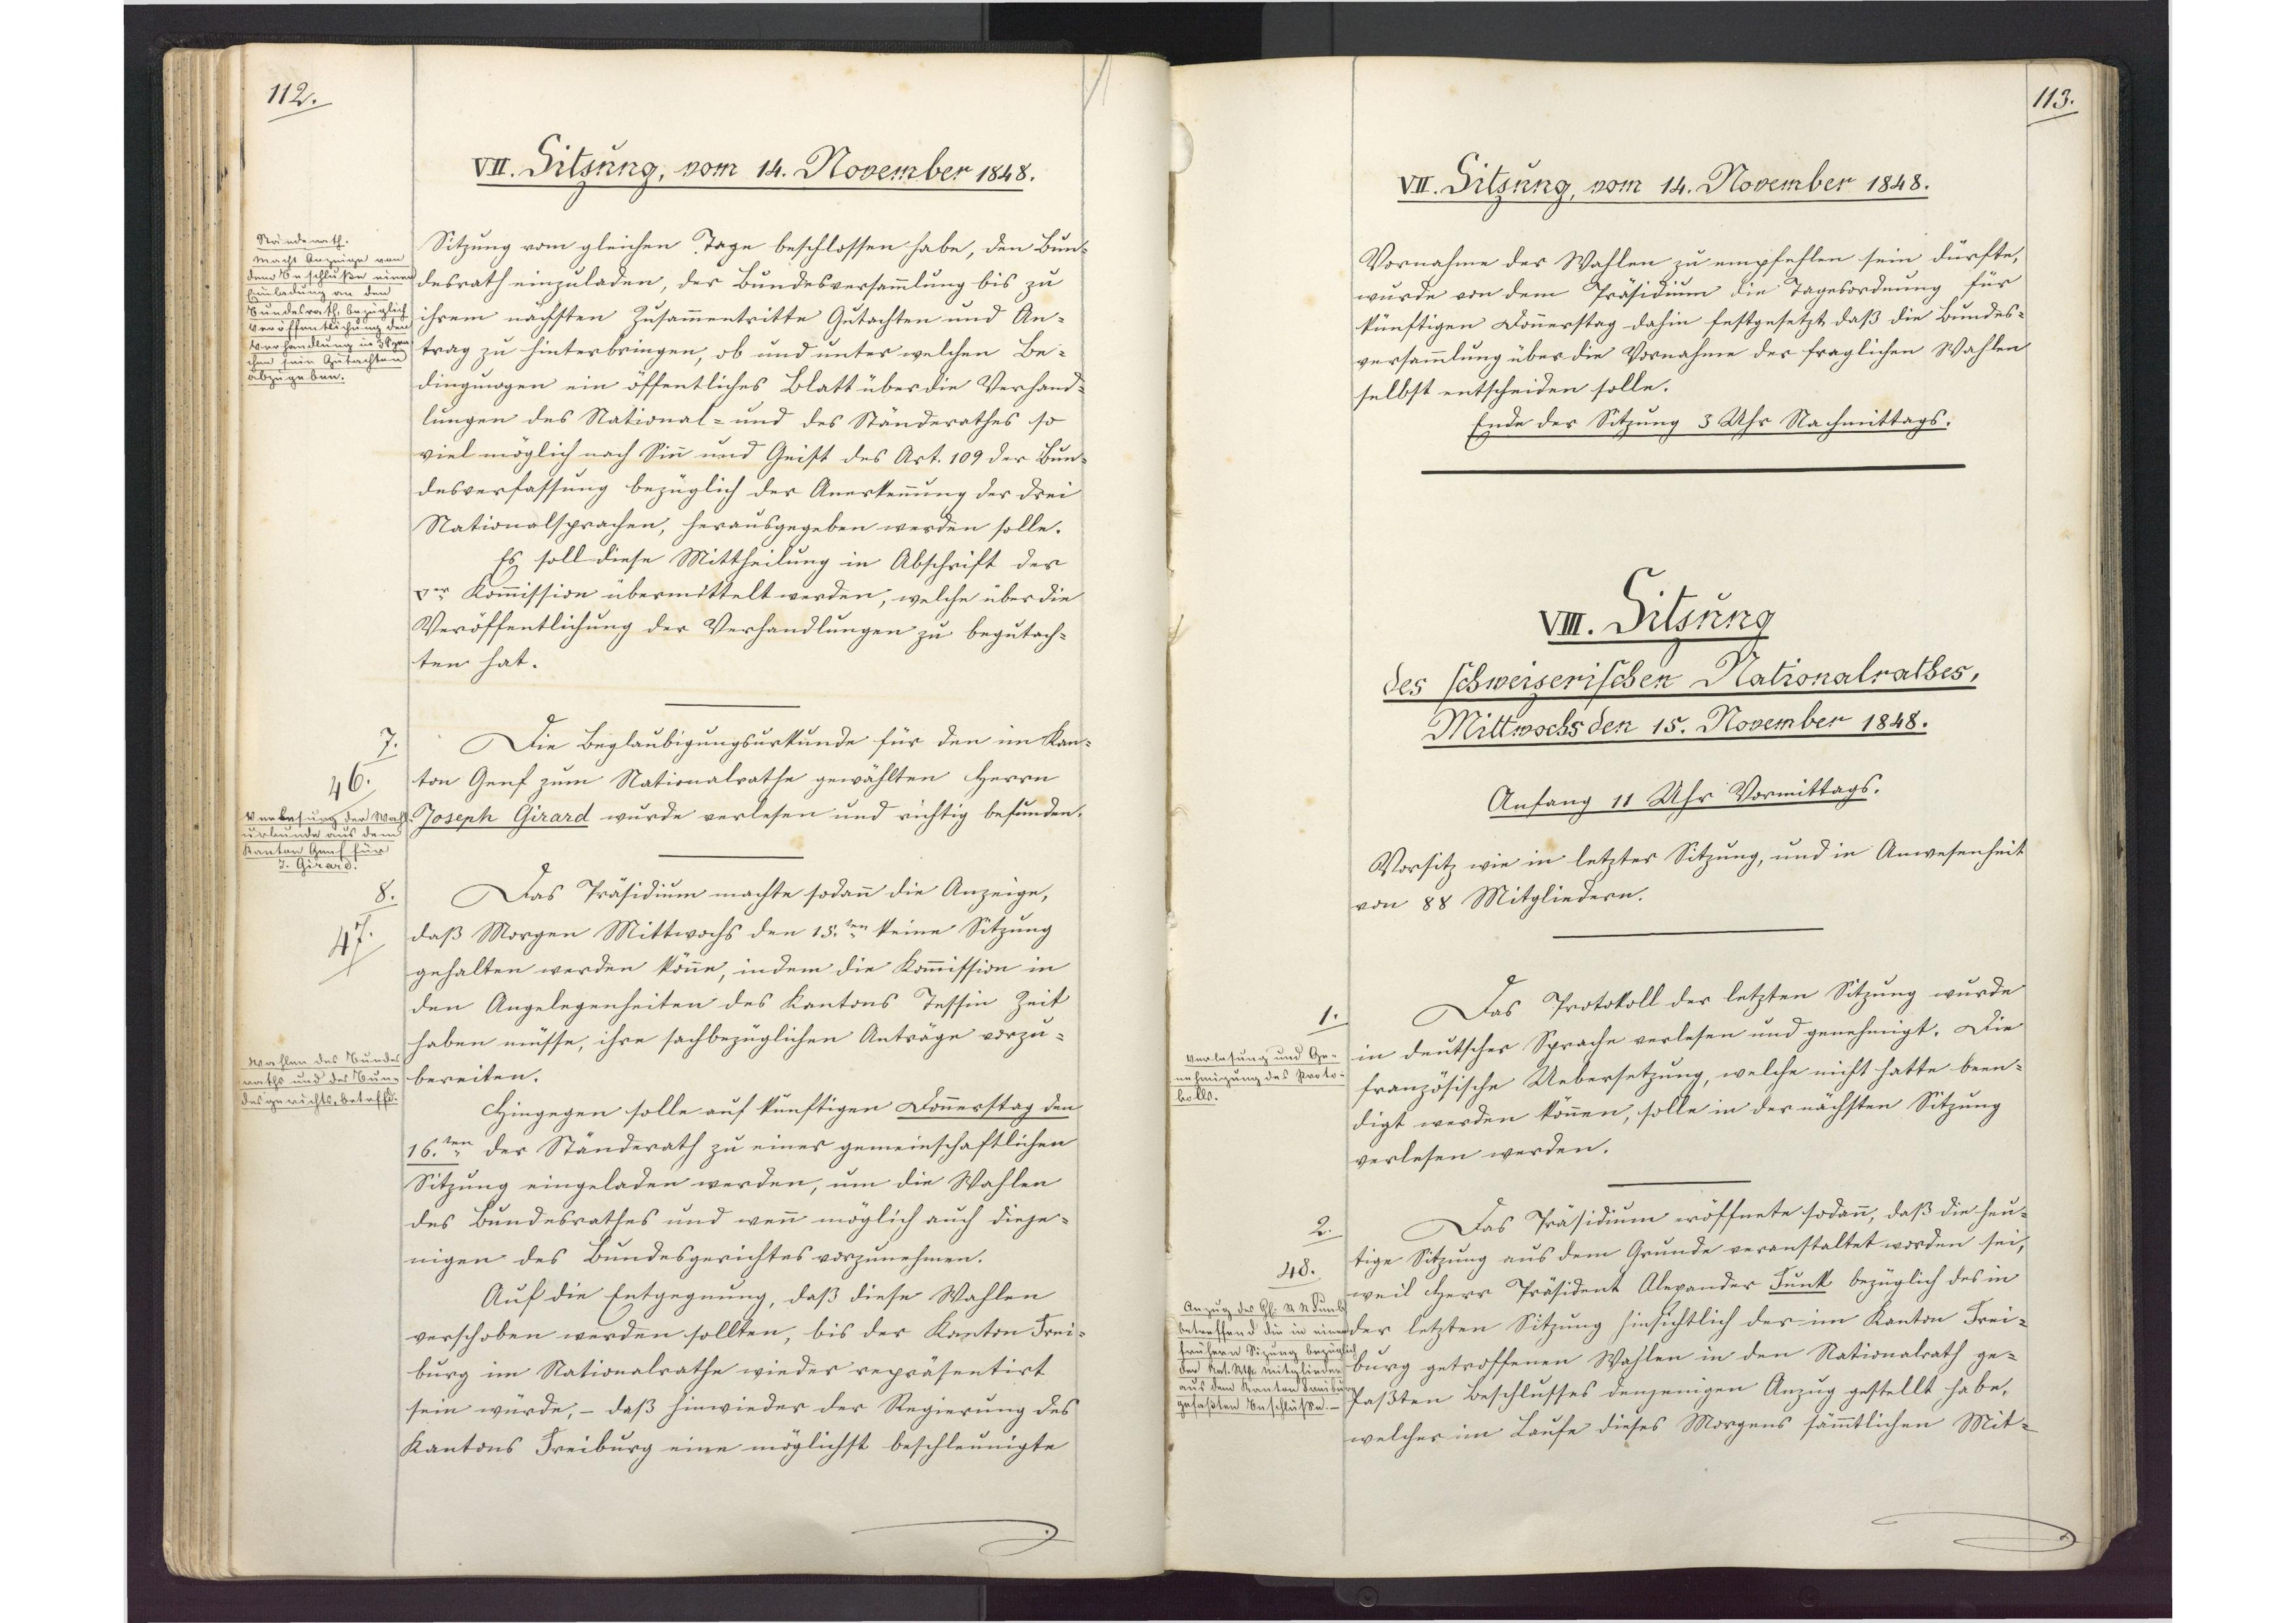
112.

VII. Sitzung, vom 14. November 1848.

Sitzung vom gleichen Tage beschlossen habe, den Bun¬
desrath einzuladen, der Bundesversammlung bis zu
ihrem nächsten Zusammentritte Gutachten und An¬
trag zu hinterbringen, ob und unter welchen Be¬
dingungen ein öffentliches Blatt über die Verhand¬
lungen des National- und des Ständerathes so
viel möglich nach Sinn und Geist des Art. 109 der Bun¬
desverfassung bezüglich der Anerkennung der drei
Nationalsprachen, herausgegeben werden solle.
Es soll diese Mittheilung in Abschrift der
Ver Kommission übermittelt werden, welche über die
Veröffentlichung der Verhandlungen zu begutach¬
ten hat.
Die Beglaubigungsurkunde für den im Kan¬
ton Genf zum Nationalrathe gewählten Herrn
Joseph Girard wurde verlesen und richtig befunden.
Das Präsidium machte sodann die Anzeige,
daß Morgen Mittwochs den 15.ten keine Sitzung
gehalten werden könne, indem die Kommission in
den Angelegenheiten des Kantons Tessin Zeit
haben müsse, ihre sachbezüglichen Anträge vorzu¬
bereiten.
Hingegen solle auf künftigen Donnerstag den
16.ten der Ständerath zu einer gemeinschaftlichen
Sitzung eingeladen werden, um die Wahlen
des Bundesrathes und wenn möglich auch dieje¬
nigen des Bundesgerichtes vorzunehmen.
Auf die Entgegnung, daß diese Wahlen
verschoben werden sollten, bis der Kanton Frei¬
burg im Nationalrathe wieder repräsentirt
sein würde, - daß hinwieder der Regierung des
Kantons Freiburg eine möglichst beschleunigte

Ständerath.
Macht Anzeige von
dem Beschluße einen
Einladung an den
Bundesrath, bezüglich
Veröffentlichung der
Verhandlung in xxx
schen sein Gutachten
abzugeben.

7.
46.
Verlesung der Wahl¬
urkunde aus dem
Kanton Genf für
J. Girard.

8.
47.
Wahlen des Bundes¬
raths und des Bun¬
desgerichts, betreffend.

113.

VII. Sitzung, vom 14. November 1848.

Vornahme der Wahlen zu empfehlen sein dürfte,
wurde von dem Präsidium die Tagesordnung für
künftigen Donnerstag dahin festgesetzt, daß die Bundes¬
versammlung über die Vornahme der fraglichen Wahlen
selbst entscheiden solle.
Ende der Sitzung 3 Uhr Nachmittags.